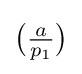
{\big (}{\tfrac {a}{p_{1}}}{\big )}